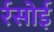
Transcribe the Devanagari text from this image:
र्रसोई